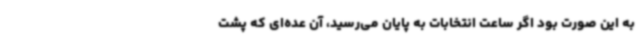
به این صورت بود اگر ساعت انتخابات به پایان می‌رسید، آن عده‌ای که پشت